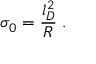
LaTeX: \sigma _ { 0 } = \frac { l _ { D } ^ { 2 } } { R } \; .